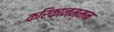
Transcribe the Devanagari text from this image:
करिकानम्मन